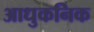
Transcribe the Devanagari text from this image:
आधुकनिक